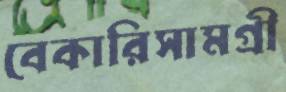
বেকারিসামগ্রী